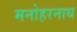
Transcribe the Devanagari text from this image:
मनोहरनाथ